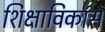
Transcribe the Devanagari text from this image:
शिक्षाविकास